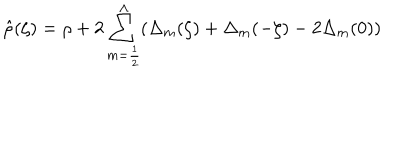
LaTeX: \hat { \rho } ( \zeta ) = \rho + 2 \sum _ { m = { \frac { 1 } { 2 } } } ^ { \Lambda } ( \Delta _ { m } ( \zeta ) + \Delta _ { m } ( - \zeta ) - 2 \Delta _ { m } ( 0 ) )